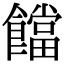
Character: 𩟈